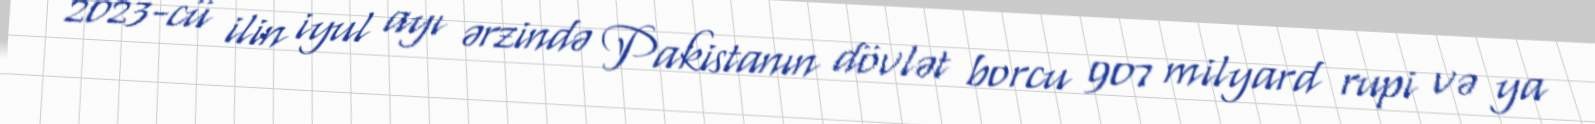
2023-cü ilin iyul ayı ərzində Pakistanın dövlət borcu 907 milyard rupi və ya